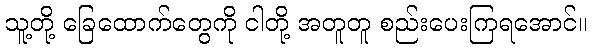
သူ့တို့ ခြေထောက်တွေကို ငါတို့ အတူတူ စည်းပေးကြရအောင်။